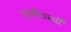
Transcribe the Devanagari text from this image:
पृथ्वीराजची